Lunatic asylums United Provinces 1899-1908 - 1899-1908
Year: 1899
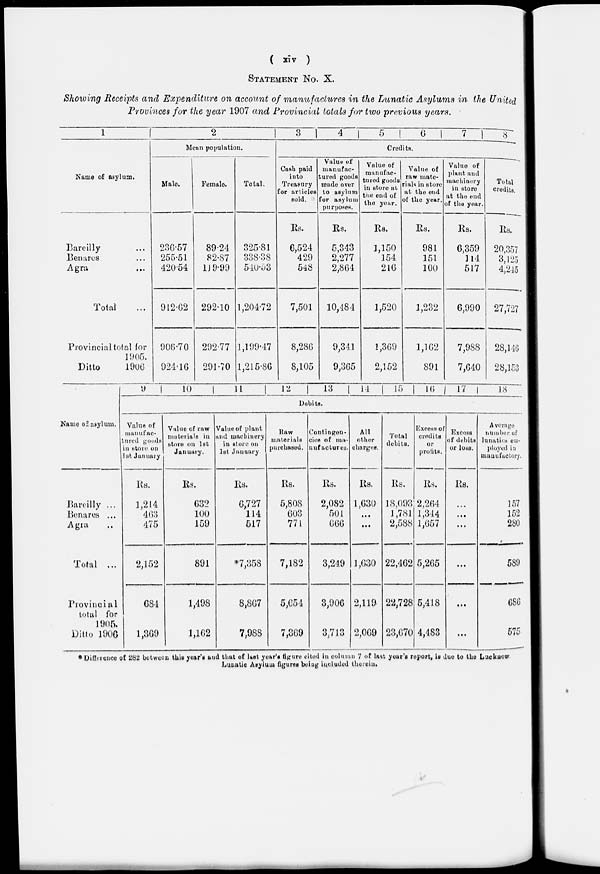
( xiv )
STATEMENT NO. X.
Showing Receipts and Expenditure on account of manufactures in the Lunatic Asylums in the United
Provinces for the year 1907 and Provincial totals for two previous years.
1
Name of asylum.
Bareilly ...
Bennies ...
Agra ...
Total ...
Provincial total for
1905.
Ditto
1900
2
Mean population.
Male.
236.57
255.51
420.54
912.62
906.70
924.16
Female.
89.24
82.87
119.99
292.10
292.77
291.70
Total.
325.81
338.38
540.53
1,204.72
1,199.47
1,215.86
3
4
5
6
7
8
Credits.
Cash paid
into
Treasury
for articles
sold.
Rs.
6,524
429
548
7,501
8,286
8,105
Value of
manufac-
tured goods
made over
to asylum
for asylum
purposes.
Rs.
5,343
2,277
2,864
10,484
9,341
9,365
Value of
manufac-
tured goods
in store at
the end of
the year.
Rs.
1,150
154
216
1,520
1,369
2,152
Value of
raw mate-
rials in store
at the end
of the year.
Rs.
981
151
100
1,232
1,162
891
Value of
plant and
machinery
in store
at the end
of the year.
Rs.
6,359
114
517
6,990
7,988
7,640
Total
credits.
Rs.
20,357
3,125
4,245
27,727
28,146
28,153
Name of asylum.
Bareilly ...
Benares ...
Agra ...
Total ...
Provincial
total for
1905.
Ditto 1900
9
10
11
12
13
14
15
16
17
18
Debits.
Value of
manufac-
tured goods
in store on
1st January.
Rs.
1,214
463
475
2,152
684
1,369
Value of raw
materials in
store on 1st
January.
Rs.
632
100
159
891
1,498
1,162
Value of plant
and machinery
in store on
1st January
Rs.
6,727
114
517
*7,358
8,867
7,988
Raw
materials
purchased.
Rs.
5,808
603
771
7,182
5,654
7,369
Contingen-
cies of ma-
nufactures.
Rs.
2,082
501
666
3,249
3,906
3,713
All
other
charges.
Rs.
1,630
...
...
1,630
2,119
2,069
Total
debits.
Rs.
18,093
1,781
2,588
22,462
22,728
23,670
EXCESS of
credits
or
prolits.
Rs.
2,264
1,344
1,657
5,265
5,418
4,483
Excess
of debits
or loss.
Rs.
...
...
...
...
...
...
Average
number of
lunatics em-
ployed in
manufactory.
157
152
280
539
686
575
*Difference of 282 between this year's and that of last year's figure cited in column 7 of last year's report, is due to the Lucknow
Lunatic Asylum figures being included therein.